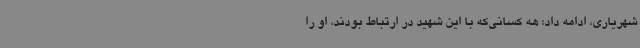
شهریاری، ادامه داد: هه کسانی‌که با این شهید در ارتباط بودند، او را